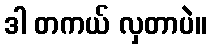
ဒါ တကယ် လှတာပဲ။